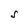
Character: S